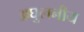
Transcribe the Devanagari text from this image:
अघुलनीय